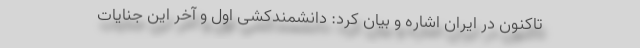
تاکنون در ایران اشاره و بیان کرد: دانشمندکُشی اول و آخر این جنایات